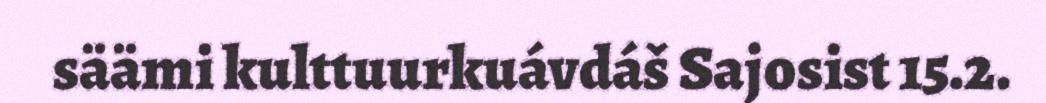
säämi kulttuurkuávdáš Sajosist 15.2.